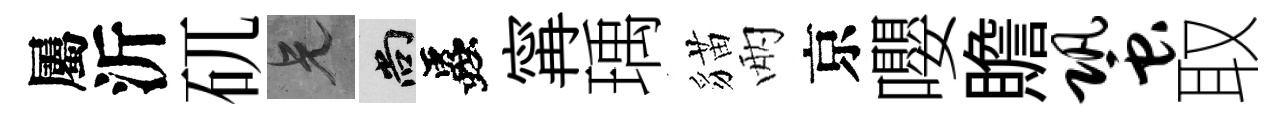
屬沂矹兄尚蟲𡩋瑀貓兩京嚶贍蛩取